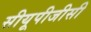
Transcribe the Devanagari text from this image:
सीयूपीजीसी